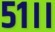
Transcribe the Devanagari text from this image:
५१।।